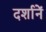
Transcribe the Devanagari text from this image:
दर्शानें